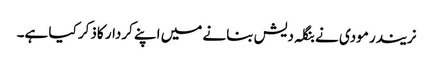
نریندر مودی نے بنگلہ دیش بنانے میں اپنے کردار کاذکر کیا ہے۔